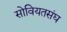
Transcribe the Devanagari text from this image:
सोवियतसंघ